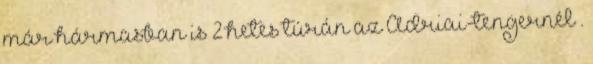
már hármasban is 2 hetes túrán az Adriai-tengernél .